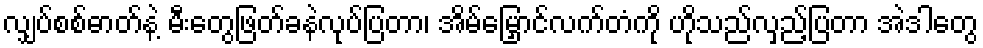
လျှပ်စစ်ဓာတ်နဲ့ မီးတွေဖြတ်ခနဲလုပ်ပြတာ၊ အိမ်မြှောင်လက်တံကို ဟိုသည်လှည့်ပြတာ အဲဒါတွေ